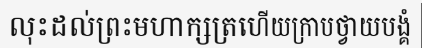
លុះដល់ព្រះមហាក្សត្រហើយក្រាបថ្វាយបង្គំ